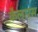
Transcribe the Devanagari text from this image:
कैलारस